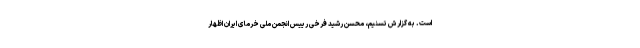
است. به گزارش تسنیم، محسن رشید فرخی رییس انجمن ملی خرمای ایران اظهار